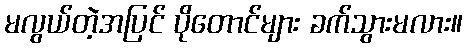
မလွယ်တဲ့အပြင် ပိုတောင်များ ခက်သွားမလား။